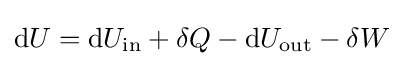
\mathrm {d} U=\mathrm {d} U_{\text{in}}+\delta Q-\mathrm {d} U_{\text{out}}-\delta W